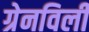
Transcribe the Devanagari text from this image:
ग्रेनविली